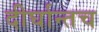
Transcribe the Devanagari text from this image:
दीर्घान्तच